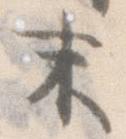
末